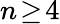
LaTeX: n\! \geq\! 4